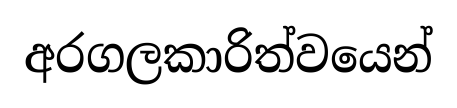
අරගලකාරිත්වයෙන්